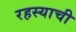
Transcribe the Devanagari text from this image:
रहस्याची